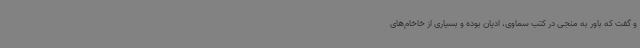
و گفت که باور به منجی در کتب سماوی، ادیان بوده و بسیاری از خاخام‌های